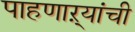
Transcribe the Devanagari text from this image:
पाहणाऱ्यांची